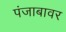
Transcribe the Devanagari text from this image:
पंजाबावर